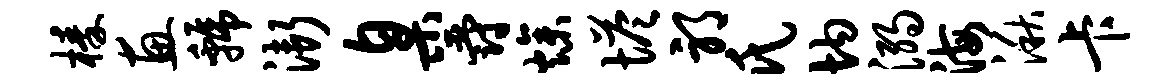
榛惠虢渐臬爵燥塔邪氏均溺海湫卡